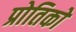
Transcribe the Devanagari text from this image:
प्रोतिको